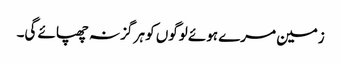
زمین مرے ہوئے لوگوں کو ہر گز نہ چھپائے گی۔